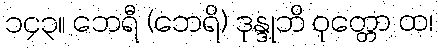
၁၄၃။ ဘေရီ (ဘေရိ) ဒုန္ဒုဘိ ဝုတ္တော ထ၊